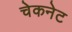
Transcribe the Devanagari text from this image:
चेकनेट